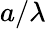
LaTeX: a/\lambda